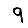
Digit: 9